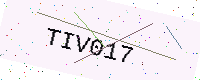
Text: TIV017